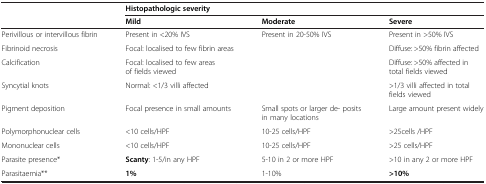
<table><thead><tr><td rowspan="2"><b> </b></td><td colspan="3"><b>Histopathologic severity</b></td></tr><tr><td><b>Mild</b></td><td><b>Moderate</b></td><td><b>Severe</b></td></tr></thead><tbody><tr><td>Perivillous or intervillous fibrin</td><td>Present in &lt;20% IVS</td><td>Present in 20-50% IVS</td><td>Present in &gt;50% IVS</td></tr><tr><td>Fibrinoid necrosis</td><td>Focal: localised to few fibrin areas</td><td> </td><td>Diffuse: &gt;50% fibrin affected</td></tr><tr><td>Calcification</td><td>Focal: localised to few areas of fields viewed</td><td> </td><td>Diffuse: &gt;50% affected in total fields viewed</td></tr><tr><td>Syncytial knots</td><td>Normal: &lt;1/3 villi affected</td><td> </td><td>&gt;1/3 villi affected in total fields viewed</td></tr><tr><td>Pigment deposition</td><td>Focal presence in small amounts</td><td>Small spots or larger de- posits in many locations</td><td>Large amount present widely</td></tr><tr><td>Polymorphonuclear cells</td><td>&lt;10 cells/HPF</td><td>10-25 cells/HPF</td><td>&gt;25cells /HPF</td></tr><tr><td>Mononuclear cells</td><td>&lt;10 cells/HPF</td><td>10-25 cells/HPF</td><td>&gt;25 cells/HPF</td></tr><tr><td>Parasite presence*</td><td><b>Scanty</b>: 1-5/in any HPF</td><td>5-10 in 2 or more HPF</td><td>&gt;10 in any 2 or more HPF</td></tr><tr><td>Parasitaemia**</td><td><b>1%</b></td><td>1-10%</td><td><b>&gt;10%</b></td></tr></tbody></table>